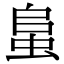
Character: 蛗